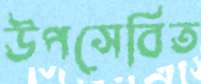
উপসেবিত